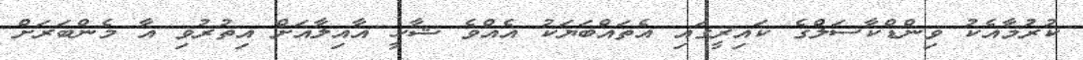
ކުރުމާއެކު ވިންޑްކާސަލްގެ ކައިރީގައި އެތައްބަޔަކު އެއްވެ ޝާހީ އާއިލާއަށް އިތުރުވި އާ މެންބަރަށް